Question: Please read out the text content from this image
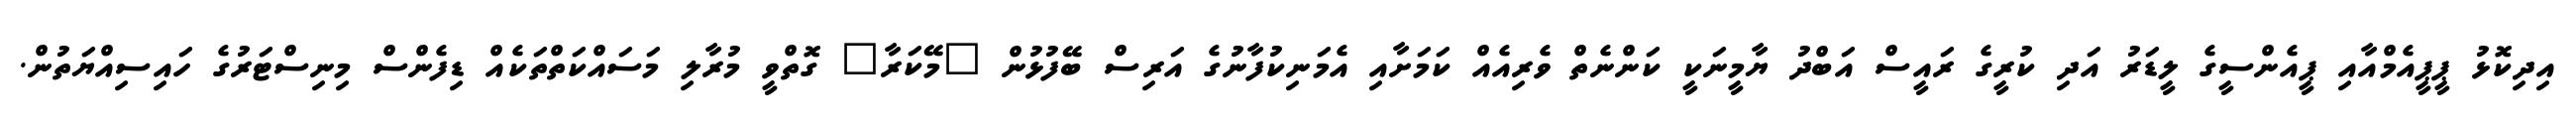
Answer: އިދިކޮޅު ޕީޕީއެމްއާއި ޕީއެންސީގެ ލީޑަރު އަދި ކުރީގެ ރައީސް އަބްދު ޔާމީނަކީ ކަންނެތް ވެރިއެއް ކަމަށާއި އެމަނިކުފާނުގެ އަރިސް ބޭފުޅުން "މޭކަރާ" ގޮތްވީ މުރާލި މަސައްކަތްތަކެއް ޑިފެންސް މިނިސްޓަރުގެ ހައިސިއްޔަތުން.